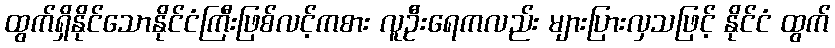
ထွက်ရှိနိုင်သောနိုင်ငံကြီးဖြစ်လင့်ကစား လူဦးရေကလည်း များပြားလှသဖြင့် နိုင်ငံ ထွက်